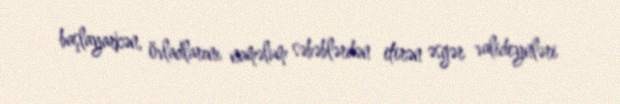
başlayarkən, övladlarını naməlum səbəblərdən itirən əsgər valideynləri